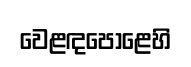
වෙළඳපොළෙහි